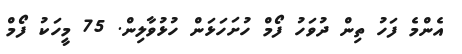
އެންމެ ފަހު ތިން ދުވަހު ފޯމް ހުށަހަޅަން ހުޅުވާލިން. 75 މީހަކު ފޯމް